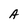
Character: A